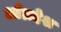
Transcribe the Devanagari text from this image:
आँध्रदेश